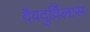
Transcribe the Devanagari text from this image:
दैवदुर्विलास